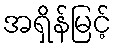
အရှိန်မြင့်